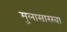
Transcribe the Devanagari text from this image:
मुलासारखा